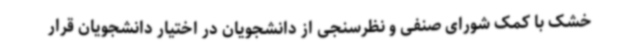
خشک با کمک شورای صنفی و نظرسنجی از دانشجویان در اختیار دانشجویان قرار